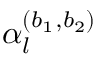
\alpha _ { l } ^ { ( b _ { 1 } , b _ { 2 } ) }